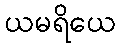
ယမရိယေ